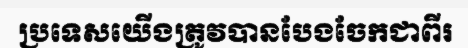
ប្រទេសយើងត្រូវបានបែងចែកជាពីរ